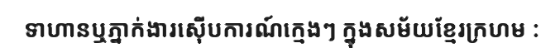
ទាហានឬភ្នាក់ងារស៊ើបការណ៍ក្មេងៗ ក្នុងសម័យខ្មែរក្រហម :